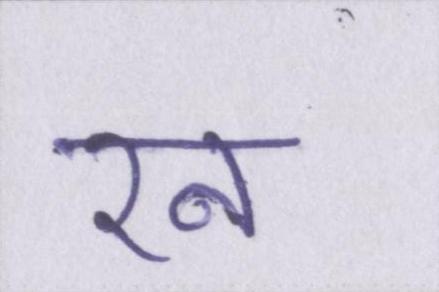
रन